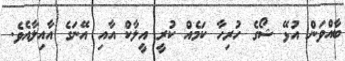
ބާއްވަން އުޅޭ ޝޯގެ ހުރިހާ ކަމެއް ކުރީ އީލާކް އާއި އޭނަގެ އާއިލާއެވެ.